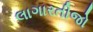
લાગારતીજો